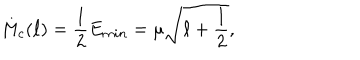
LaTeX: M _ { c } ( \ell ) = \frac { 1 } { 2 } E _ { m i n } = \mu \sqrt { \ell + \frac { 1 } { 2 } } ,